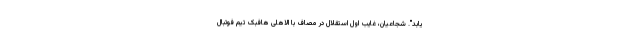
یابد". شجاعیان، غایب اول استقلال در مصاف با الاهلی هافبک تیم فوتبال